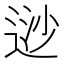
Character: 逤